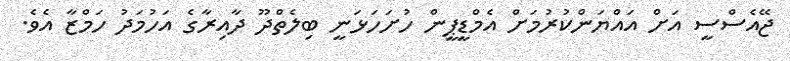
ޖޭއެސްސީ އަށް އައްޔަންކުރުމަށް އެމްޑީޕީން ހުށަހަޅަނީ ބިލެތްދޫ ދާއިރާގެ އަހުމަދު ހަމްޒާ އެވެ.